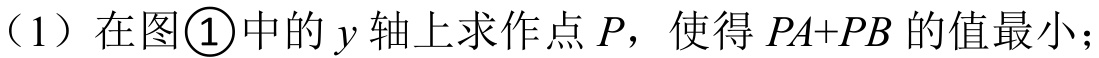
（1）在图\textcircled{1}中的 \(y\) 轴上求作点 \(P\)，使得 \(PA + PB\) 的值最小；